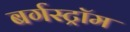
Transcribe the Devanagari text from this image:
बर्गस्ट्रॉम